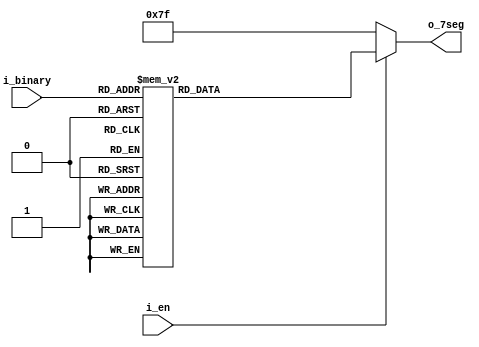
module led7_decoder(
    i_en,
    i_binary,
    o_7seg
);

    input i_en;              // Input signal for enable
    input [3:0] i_binary;    // 4-bit input signal

    output [6:0] o_7seg;     // 7-segment display output

    reg [6:0] value_7seg;    // Register to hold the 7-segment values

    always @ (i_binary) begin
        case (i_binary)
            // Cases for each possible value of i_binary
            4'h0: value_7seg = 7'b1000000;  // Assign value for binary 0
            4'h1: value_7seg = 7'b1111001;  // Assign value for binary 1
            4'h2: value_7seg = 7'b0100100;  // Assign value for binary 2
            4'h3: value_7seg = 7'b0110000;  // Assign value for binary 3
            4'h4: value_7seg = 7'b0011001;  // Assign value for binary 4
            4'h5: value_7seg = 7'b0010010;  // Assign value for binary 5
            4'h6: value_7seg = 7'b0000010;  // Assign value for binary 6
            4'h7: value_7seg = 7'b1111000;  // Assign value for binary 7
            4'h8: value_7seg = 7'b0000000;  // Assign value for binary 8
            4'h9: value_7seg = 7'b0010000;  // Assign value for binary 9
            4'hA: value_7seg = 7'b0001000;  // Assign value for binary A
            4'hB: value_7seg = 7'b0000011;  // Assign value for binary B
            4'hC: value_7seg = 7'b1000110;  // Assign value for binary C
            4'hD: value_7seg = 7'b0100001;  // Assign value for binary D
            4'hE: value_7seg = 7'b0000110;  // Assign value for binary E
            4'hF: value_7seg = 7'b0001110;  // Assign value for binary F
            default: value_7seg = 7'b1111111;  // Assign default value for other cases
        endcase
    end

    assign o_7seg = i_en ? value_7seg : 7'b1111111;  // Assign the output based on enable signal

endmodule